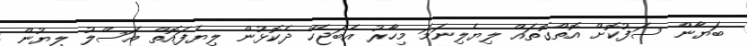
ބަޔާން ސަފުކޮށް އޮތްގޮތައް ލިޔެލިނަމަ މިހާރު އެބަޖެހޭ ދެކޮޅުން ލިޔެފައޮތް އަސްލު ލިޔުން